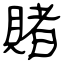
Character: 賭